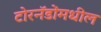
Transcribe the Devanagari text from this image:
टोरनॅडोंमधील